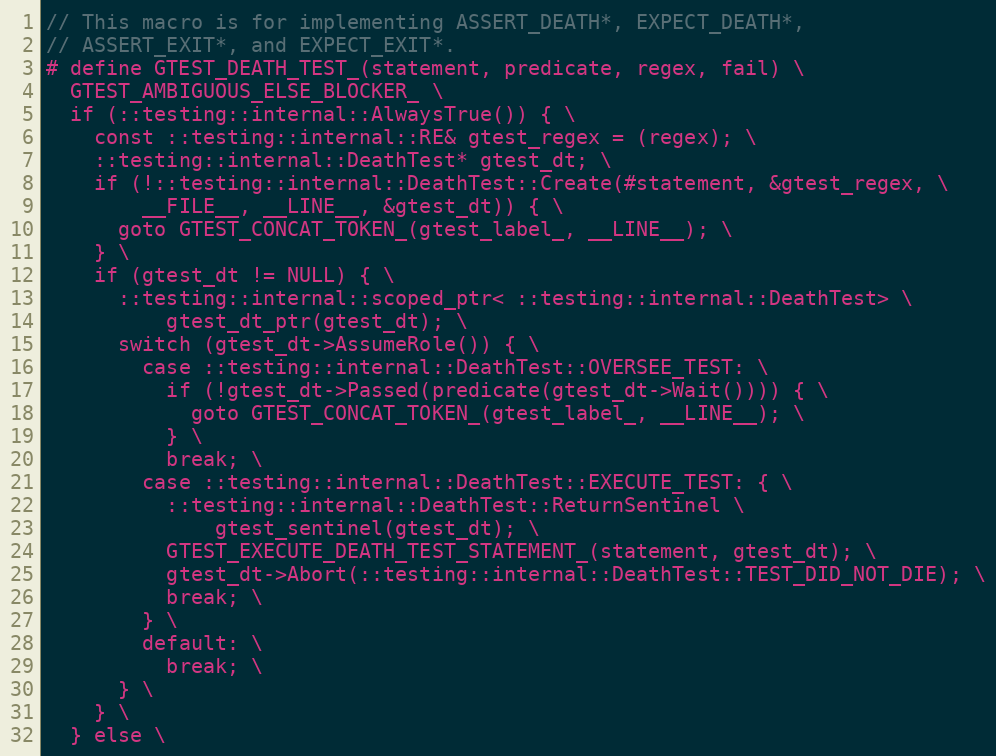
Language: C
// This macro is for implementing ASSERT_DEATH*, EXPECT_DEATH*,
// ASSERT_EXIT*, and EXPECT_EXIT*.
# define GTEST_DEATH_TEST_(statement, predicate, regex, fail) \
  GTEST_AMBIGUOUS_ELSE_BLOCKER_ \
  if (::testing::internal::AlwaysTrue()) { \
    const ::testing::internal::RE& gtest_regex = (regex); \
    ::testing::internal::DeathTest* gtest_dt; \
    if (!::testing::internal::DeathTest::Create(#statement, &gtest_regex, \
        __FILE__, __LINE__, &gtest_dt)) { \
      goto GTEST_CONCAT_TOKEN_(gtest_label_, __LINE__); \
    } \
    if (gtest_dt != NULL) { \
      ::testing::internal::scoped_ptr< ::testing::internal::DeathTest> \
          gtest_dt_ptr(gtest_dt); \
      switch (gtest_dt->AssumeRole()) { \
        case ::testing::internal::DeathTest::OVERSEE_TEST: \
          if (!gtest_dt->Passed(predicate(gtest_dt->Wait()))) { \
            goto GTEST_CONCAT_TOKEN_(gtest_label_, __LINE__); \
          } \
          break; \
        case ::testing::internal::DeathTest::EXECUTE_TEST: { \
          ::testing::internal::DeathTest::ReturnSentinel \
              gtest_sentinel(gtest_dt); \
          GTEST_EXECUTE_DEATH_TEST_STATEMENT_(statement, gtest_dt); \
          gtest_dt->Abort(::testing::internal::DeathTest::TEST_DID_NOT_DIE); \
          break; \
        } \
        default: \
          break; \
      } \
    } \
  } else \